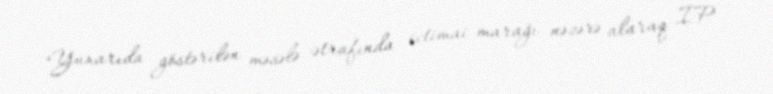
Yuxarıda göstərilən məsələ ətrafında ictimai marağı nəzərə alaraq İP